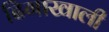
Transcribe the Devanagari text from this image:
ढिगाखाली